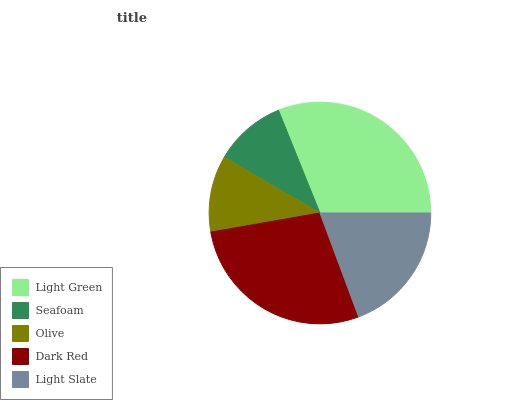
| Light Green | Seafoam | Olive | Dark Red | Light Slate |
 | --- | --- | --- | --- | --- |
 | 31.1% | 10.5% | 11.2% | 27.9% | 19.3% |